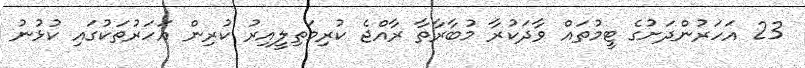
23 އަހަރުންދަށުގެ ޓީމުތައް ވާދަކުރާ މުބާރާތާ ރާއްޖެ ކުރިމަތިލީއިރު ކުރިން އަހަރުތަކުގައި ކުޅުނު